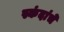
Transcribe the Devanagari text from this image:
स्कंदांचे